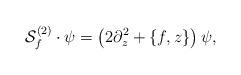
LaTeX: \begin{align*}{\cal S}^{(2)}_f\cdot\psi=\left(2\partial^2_z+\{f,z\}\right)\psi,\end{align*}